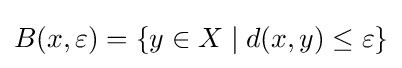
B(x,\varepsilon )=\{y\in X\mid d(x,y)\leq \varepsilon \}